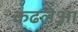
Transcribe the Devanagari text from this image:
कढलेआ